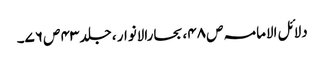
دلائل الامامہ ص ۴۸، بحارالانوار ، جلد ۴۳ ص ۷۶۔